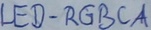
Text: LED-RGBCA